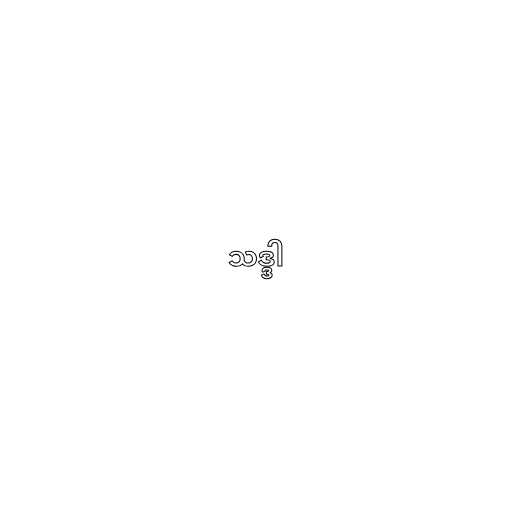
သဒ္ဒါ